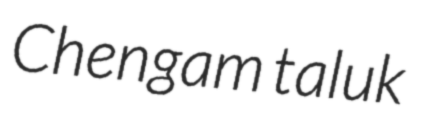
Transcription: Chengam taluk